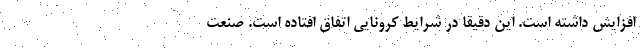
افزایش داشته است. این دقیقا در شرایط کرونایی اتفاق افتاده است. صنعت